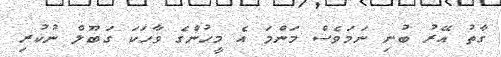
ގާތު އޭރު ބުނި ނަމަވެސް މަންމަ އެ މީހުންގެ ވާހަކަ ގަބޫލް ނުކުރި